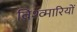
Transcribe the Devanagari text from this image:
विश्व्मारियों